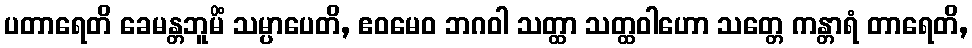
ပတာရေတိ ခေမန္တဘူမိံ သမ္ပာပေတိ, ဧဝမေဝ ဘဂဝါ သတ္ထာ သတ္ထဝါဟော သတ္တေ ကန္တာရံ တာရေတိ,